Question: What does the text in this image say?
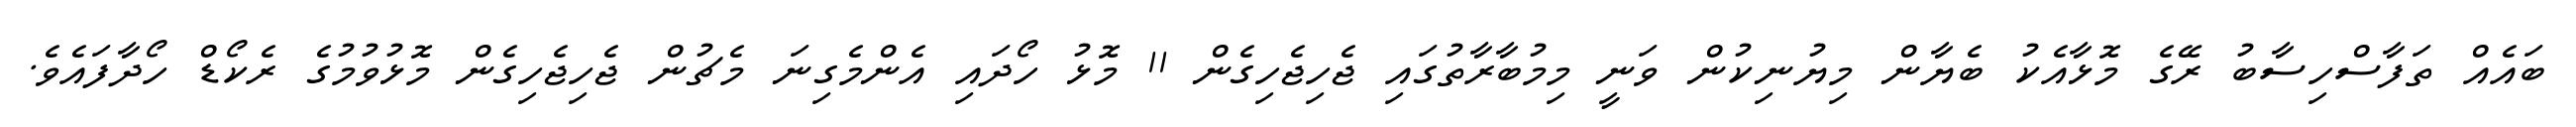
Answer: ބައެއް ތަފާސްހިސާބު ރޭގެ މޮޅާއެކު ބެޔާން މިޔުނިކުން ވަނީ މިމުބާރާތުގައި ޖެހިޖެހިގެން 11 މޮޅު ހޯދައި އެންމެގިނަ މެޗުން ޖެހިޖެހިގެން މޮޅުވުމުގެ ރެކޯޑް ހޯދާފައެވެ.